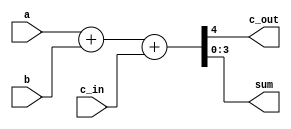
module fulladder (  input [3:0] a,  
                  input [3:0] b,  
                  input c_in,  
                  output c_out,  
                  output [3:0] sum);  
  
   assign {c_out, sum} = a + b + c_in;  
endmodule